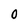
Character: 0